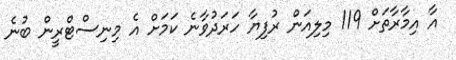
އާ އިމާރާތަށް 119 މިލިއަން ރުފިޔާ ހަރަދުވާނެ ކަމަށް އެ މިނިސްޓްރީން ބުނެ